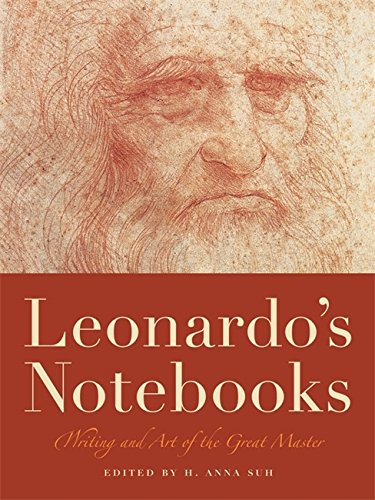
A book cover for Leonardo's Notebooks: Writing and Art of the Great Master; Leonardo Da Vinci; Arts & Photography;